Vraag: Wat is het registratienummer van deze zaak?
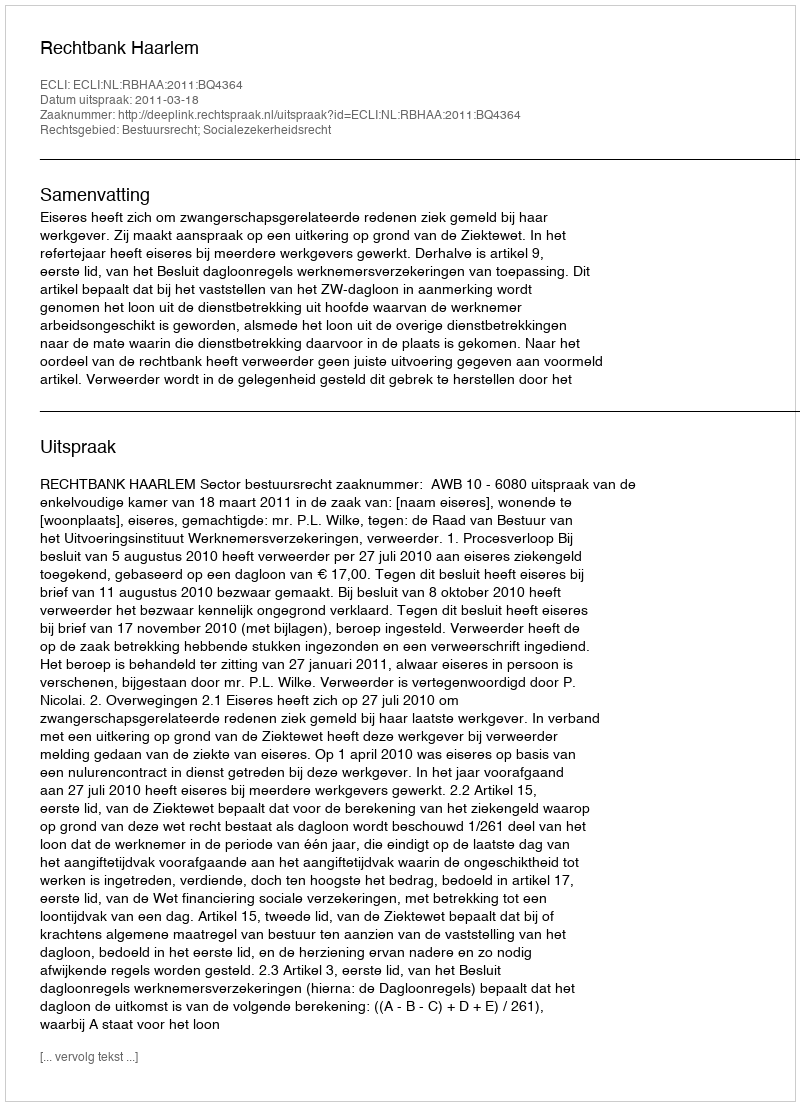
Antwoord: http://deeplink.rechtspraak.nl/uitspraak?id=ECLI:NL:RBHAA:2011:BQ4364